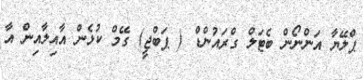
ޕްލޭޔާ އަންނޯން ބެޓަލް ގްރައުންޑް ( ޕަބްޖީ) ގޭމް ކުޅެން އާއިލާއިން އާ